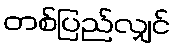
တစ်ပြည်လျှင်